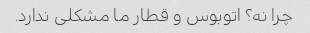
چرا نه؟ اتوبوس و قطار ما مشکلی ندارد.